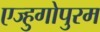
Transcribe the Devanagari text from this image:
एज्हुगोपुरम